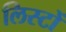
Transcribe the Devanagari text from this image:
लिस्टों